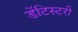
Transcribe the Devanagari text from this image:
डेंटिस्टरी